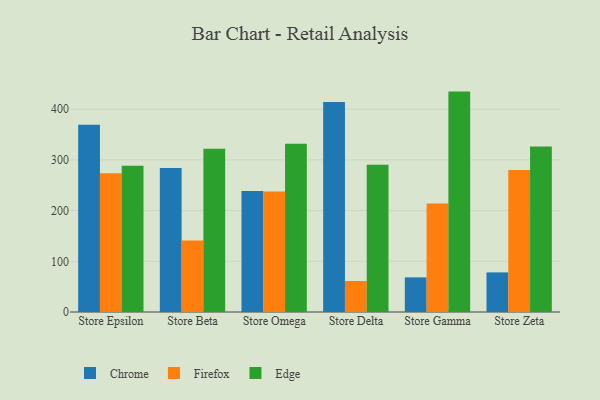
{"axis": {"x": "Store", "y": "Production Output"}, "legend": ["Chrome", "Edge", "Firefox"], "data": [{"x": "Store Epsilon", "y": 369.5, "type": "Chrome"}, {"x": "Store Epsilon", "y": 273.6, "type": "Firefox"}, {"x": "Store Epsilon", "y": 288.6, "type": "Edge"}, {"x": "Store Beta", "y": 284.0, "type": "Chrome"}, {"x": "Store Beta", "y": 140.9, "type": "Firefox"}, {"x": "Store Beta", "y": 322.1, "type": "Edge"}, {"x": "Store Omega", "y": 238.8, "type": "Chrome"}, {"x": "Store Omega", "y": 237.7, "type": "Firefox"}, {"x": "Store Omega", "y": 331.6, "type": "Edge"}, {"x": "Store Delta", "y": 414.1, "type": "Chrome"}, {"x": "Store Delta", "y": 61.2, "type": "Firefox"}, {"x": "Store Delta", "y": 290.4, "type": "Edge"}, {"x": "Store Gamma", "y": 68.3, "type": "Chrome"}, {"x": "Store Gamma", "y": 213.9, "type": "Firefox"}, {"x": "Store Gamma", "y": 434.7, "type": "Edge"}, {"x": "Store Zeta", "y": 78.1, "type": "Chrome"}, {"x": "Store Zeta", "y": 279.9, "type": "Firefox"}, {"x": "Store Zeta", "y": 326.3, "type": "Edge"}]}